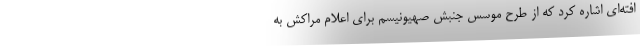
افته‌ای اشاره کرد که از طرح موسس جنبش صهیونیسم برای اعلام مراکش به